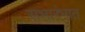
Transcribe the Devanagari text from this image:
सभारंभात